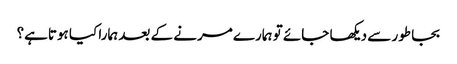
بجا طور سے دیکھا جائے تو ہمارے مرنے کے بعد ہمارا کیا ہوتاہے؟